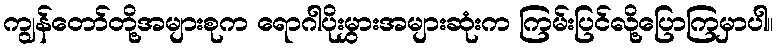
ကျွန်တော်တို့အများစုက ရောဂါပိုးမွှားအများဆုံးက ကြမ်းပြင်လို့ပြောကြမှာပါ။